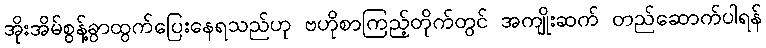
အိုးအိမ်စွန့်ခွာထွက်ပြေးနေရသည်ဟု ဗဟိုစာကြည့်တိုက်တွင် အကျိုးဆက် တည်ဆောက်ပါရန်